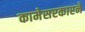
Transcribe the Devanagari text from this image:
कामेसरकारने